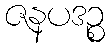
ဇနပဒဉ္စ